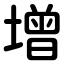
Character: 增